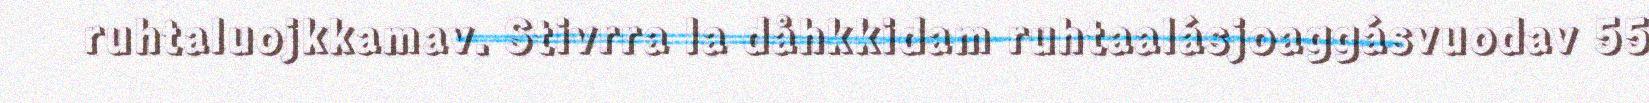
ruhtaluojkkamav. Stivrra la dåhkkidam ruhtaalásjoaggásvuodav 55